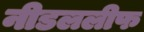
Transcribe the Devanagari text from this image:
नीडललीफ